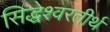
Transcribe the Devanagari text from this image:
सिद्धेश्वरतीर्थ